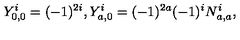
Y _ { 0 , 0 } ^ { i } = ( - 1 ) ^ { 2 i } , Y _ { a , 0 } ^ { i } = ( - 1 ) ^ { 2 a } ( - 1 ) ^ { i } N _ { a , a } ^ { i } ,